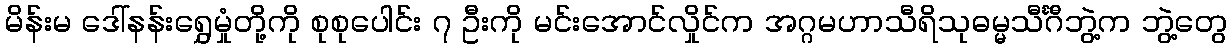
မိန်းမ ဒေါ်နန်းရွှေမှုံတို့ကို စုစုပေါင်း ၇ ဦးကို မင်းအောင်လှိုင်က အဂ္ဂမဟာသီရိသုဓမ္မသီင်္ဂီဘွဲ့က ဘွဲ့တွေ